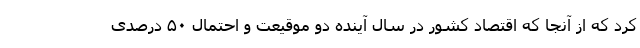
کرد که از آنجا که اقتصاد کشور در سال آینده دو موقیعت و احتمال ۵۰ درصدی